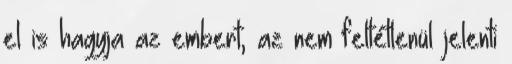
el is hagyja az embert, az nem feltétlenül jelenti